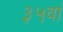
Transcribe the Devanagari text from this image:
३५वां